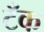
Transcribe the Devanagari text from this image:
टॅँक